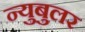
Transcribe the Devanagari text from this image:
न्‍युबुलर